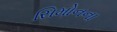
સિમોનના